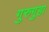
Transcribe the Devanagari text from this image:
गुरुगुहा